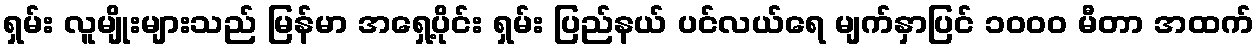
ရှမ်း လူမျိုးများသည် မြန်မာ အရှေ့ပိုင်း ရှမ်း ပြည်နယ် ပင်လယ်ရေ မျက်နှာပြင် ၁၀၀၀ မီတာ အထက်